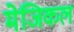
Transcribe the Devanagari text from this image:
मेजिकल